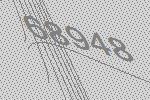
68948